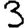
Digit: 3